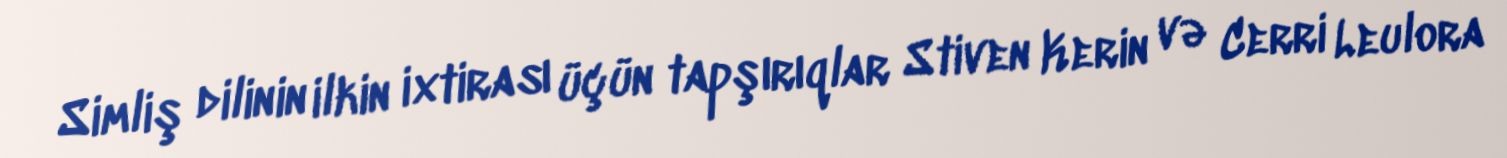
Simliş dilinin ilkin ixtirası üçün tapşırıqlar Stiven Kerin və Cerri Leulora